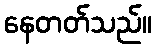
နေတတ်သည်။